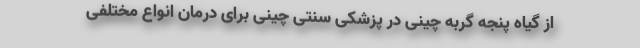
از گیاه پنجه گربه چینی در پزشکی سنتی چینی برای درمان انواع مختلفی